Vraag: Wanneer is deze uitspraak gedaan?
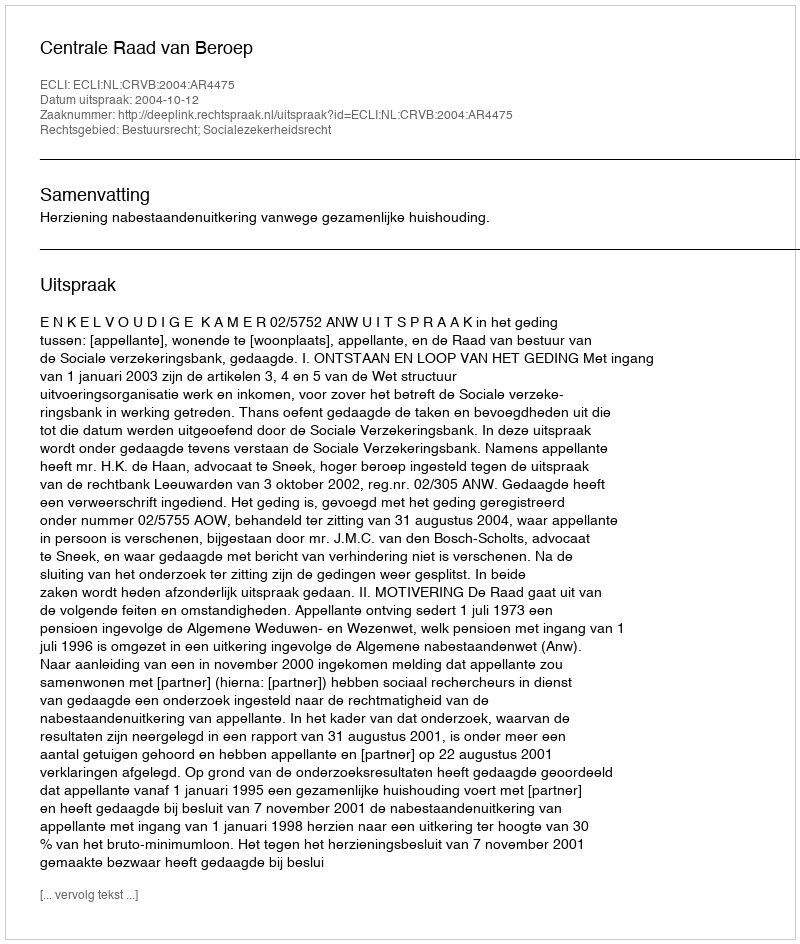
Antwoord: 2004-10-12